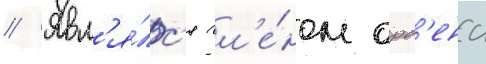
// Явл'я́лс'я чл'е́ном орд'ена